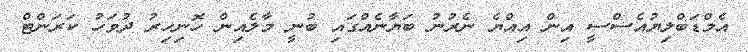
އެމްޑަބްލިޔުއެސްސީ އިން އިއްޔެ ނެރުނު ބަޔާނެއްގައި ބުނީ މާލެއިން ހޮނިހިރު ދުވަހު ކަރަންޓް